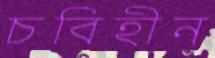
চবিহীন